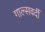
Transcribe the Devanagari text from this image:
गाल्‍सवर्दी